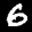
Label: 6